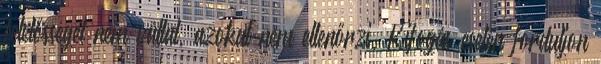
felelősséget nem vállal, azokat nem ellenőrzi. Kifogás esetén forduljon